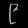
Digit: ၉